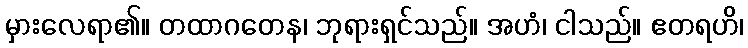
မှားလေရာ၏။ တထာဂတေန၊ ဘုရားရှင်သည်။ အဟံ၊ ငါသည်။ ဧတရဟိ၊